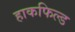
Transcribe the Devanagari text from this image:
हाकफिल्ड